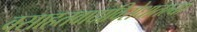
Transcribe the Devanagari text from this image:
वसाहतवादाविरोधातल्या